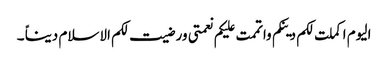
الیوم اکملت لکم دینکم واتممت علیکم نعمتی ورضیت لکم الاسلام دیناً ۔